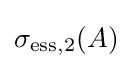
\sigma _{\mathrm {ess} ,2}(A)